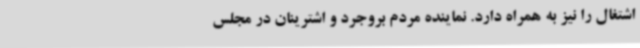
اشتغال را نیز به همراه دارد. نماینده مردم بروجرد و اشترینان در مجلس